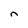
Character: n